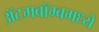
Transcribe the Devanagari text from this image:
अॅटमबॉम्बमध्ये